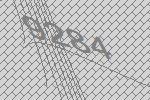
9284